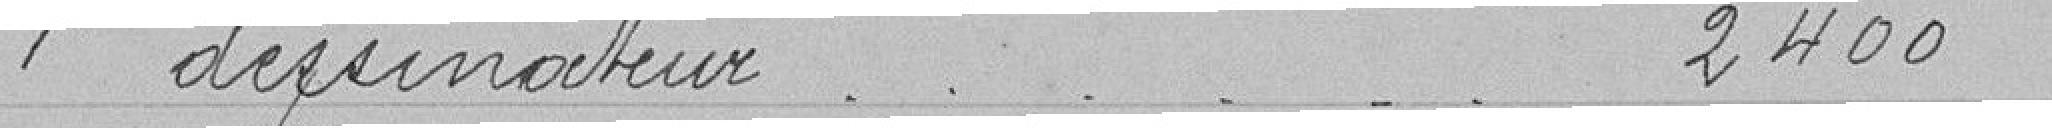
1 dessinateur 2400